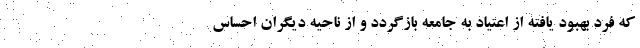
که فرد بهبود یافته از اعتیاد به جامعه بازگردد و از ناحیه دیگران احساس